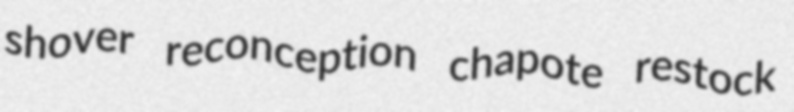
shover reconception chapote restock